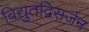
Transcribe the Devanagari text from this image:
विद्युतद्विसर्जन